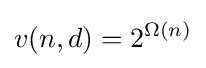
v(n,d)=2^{\Omega (n)}